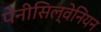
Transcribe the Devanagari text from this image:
पेनीसिल्वेनियन